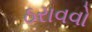
ઠરાવવો